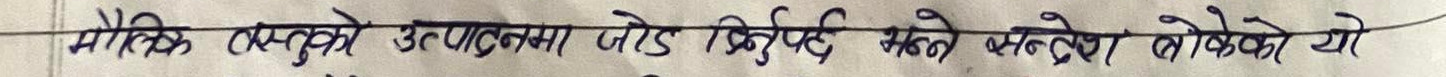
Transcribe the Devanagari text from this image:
मैतिक वस्तुको उत्पादनमा जोड दिनुपर्छ भन्ने सन्देश बोकेको हो